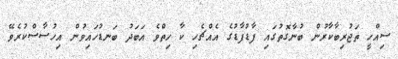
ސިއްހީ ތަޖުރިބާކާރުން ބުނާގޮތުގައި ފާޑުފާޑުގެ އެއްޗެހި ކާ ހިތްވެ އަބަދު ބަނޑުހައިވުން އިހުސާސްކުރެވޭ